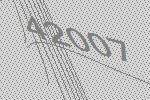
42007